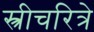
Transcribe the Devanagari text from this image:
स्त्रीचरित्रे